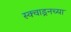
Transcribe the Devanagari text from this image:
स्क्वाड्रनच्या